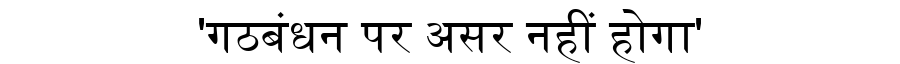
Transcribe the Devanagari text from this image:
'गठबंधन पर असर नहीं होगा'